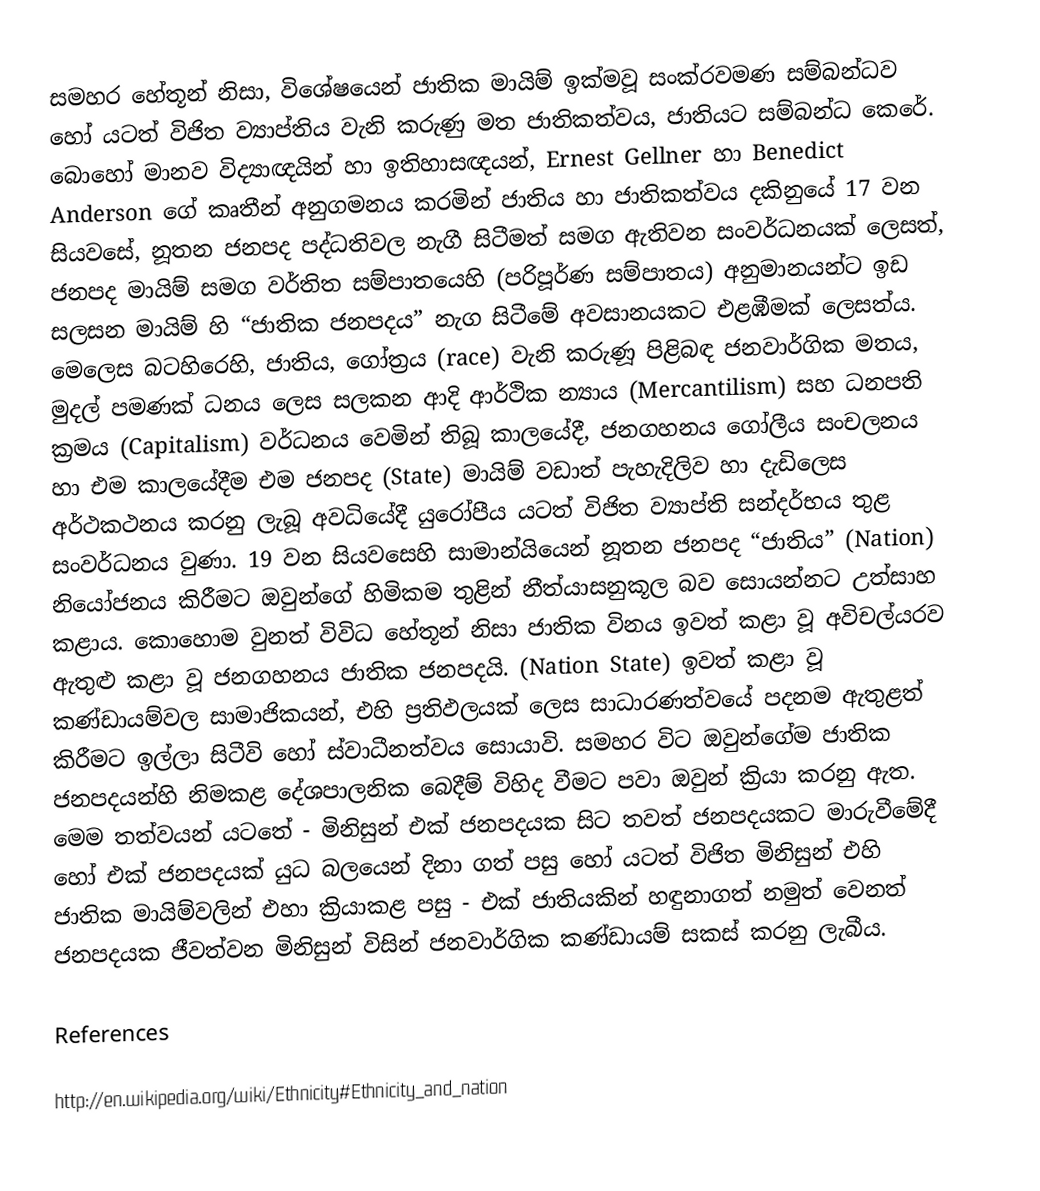
සමහර හේතූන් නිසා, විශේෂයෙන් ජාතික මායිම් ඉක්මවූ සංක්රවමණ සම්බන්ධව හෝ යටත් විජිත ව්‍යාප්තිය වැනි කරුණු මත ජාතිකත්වය, ජාතියට සම්බන්ධ කෙරේ. බොහෝ මානව විද්‍යාඥයින් හා ඉතිහාසඥයන්, Ernest Gellner හා Benedict Anderson ගේ කෘතීන් අනුගමනය කරමින් ජාතිය හා ජාතිකත්වය දකිනුයේ 17 වන සියවසේ, නූතන ජනපද පද්ධතිවල නැගී සිටීමත් සමග ඇතිවන සංවර්ධනයක් ලෙසත්, ජනපද මායිම් සමග වර්තිත සම්පාතයෙහි (පරිපූර්ණ සම්පාතය) අනුමානයන්ට ඉඩ සලසන මායිම් හි “ජාතික ජනපදය” නැග සිටීමේ අවසානයකට එළඹීමක් ලෙසත්ය. මෙලෙස බටහිරෙහි, ජාතිය, ගෝත්‍රය (race) වැනි කරුණූ පිළිබඳ ජනවාර්ගික මතය, මුදල් පමණක් ධනය ලෙස සලකන ආදි ආර්ථික න්‍යාය (Mercantilism) සහ ධනපති ක්‍රමය (Capitalism) වර්ධනය වෙමින් තිබූ කාලයේදී, ජනගහනය ගෝලීය සංචලනය හා එම කාලයේදීම එම ජනපද (State) මායිම් වඩාත් පැහැදිලිව හා දැඩිලෙස අර්ථකථනය කරනු ලැබූ අවධියේදී යුරෝපීය යටත් විජිත ව්‍යාප්ති සන්දර්භය තුළ සංවර්ධනය වුණා. 19 වන සියවසෙහි සාමාන්යියෙන් නූතන ජනපද “ජාතිය” (Nation) නියෝජනය කිරීමට ඔවුන්ගේ හිමිකම තුළින් නීත්යාසනුකූල බව සොයන්නට උත්සාහ කළාය. කොහොම වුනත් විවිධ හේතූන් නිසා ජාතික විනය ඉවත් කළා වූ අවිචල්යරව ඇතුළු කළා වූ  ජනගහනය ජාතික ජනපදයි. (Nation State) ඉවත් කළා වූ කණ්ඩායම්වල සාමාජිකයන්, එහි ප්‍රතිඵලයක් ලෙස සාධාරණත්වයේ පදනම ඇතුළත් කිරීමට ඉල්ලා සිටීවි හෝ ස්වාධීනත්වය සොයාවි. සමහර විට ඔවුන්ගේම ජාතික ජනපදයන්හි  නිමකළ දේශපාලනික බෙදීම් විහිද වීමට පවා ඔවුන් ක්‍රියා කරනු ඇත. මෙම තත්වයන් යටතේ - මිනිසුන් එක් ජනපදයක සිට තවත් ජනපදයකට මාරුවීමේදී හෝ එක් ජනපදයක් යුධ බලයෙන් දිනා ගත් පසු හෝ යටත් විජිත මිනිසුන් එහි ජාතික මායිම්වලින් එහා ක්‍රියාකළ පසු - එක් ජාතියකින් හඳුනාගත් නමුත් වෙනත් ජනපදයක ජීවත්වන මිනිසුන් විසින් ජනවාර්ගික කණ්ඩායම් සකස් කරනු ලැබීය.

References

http://en.wikipedia.org/wiki/Ethnicity#Ethnicity_and_nation